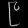
Digit: ၉